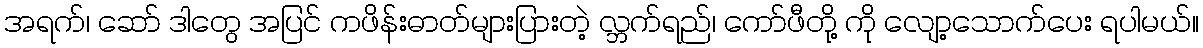
အရက်၊ ဆော် ဒါတွေ အပြင် ကဖိန်းဓာတ်များပြားတဲ့ လ္ဘက်ရည်၊ ကော်ဖီတို့ ကို လျော့သောက်ပေး ရပါမယ်။